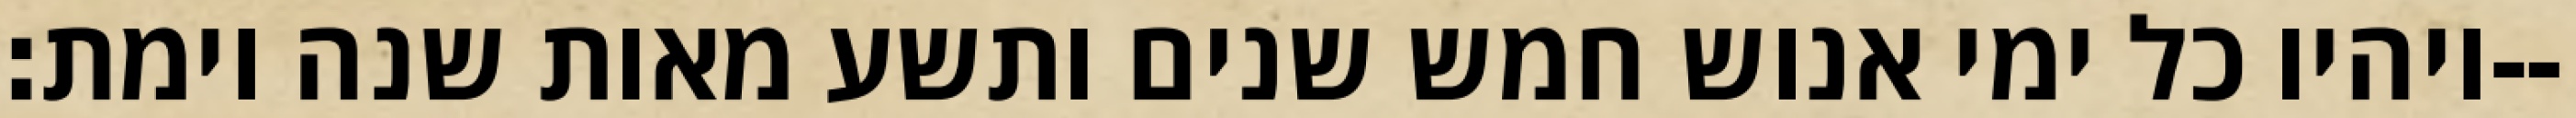
ויהיו כל ימי אנוש חמש שנים ותשע מאות שנה וימת׃--